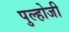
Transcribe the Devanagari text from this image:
पुल्होजी